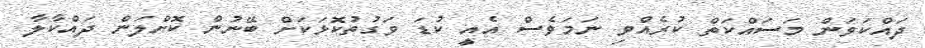
ދައްކަވަން މަސައްކަތް ކުރެއްވި ނަމަވެސް އެއީ ކުޑަ ވަގުތުކޮޅަކަށް ބޭނުން ކޮށްލަން ދައްކާލާ